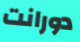
دورانت